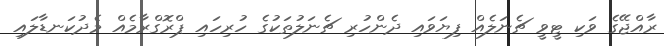
ރާއްޖޭގެ ވަކި ޓީވީ ޗެނަލެއް ފިޔަވައި ދެންހުރި ޗެނަލުތަކުގެ ހުރިހައި ޕްރޮގްރާމެއް މެދުކަނޑާލައި